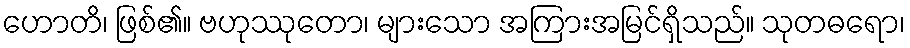
ဟောတိ၊ ဖြစ်၏။ ဗဟုဿုတော၊ များသော အကြားအမြင်ရှိသည်။ သုတဓရော၊